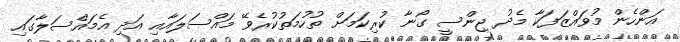
އަންހެން މުވައްޒަފަކާ މެދު ޖިންސީ ގޯނާ ކުރިކަމަށް ތުހުމަތުކުރެވޭ މައްސަލައާއި އަދި އެމައްސަލާގައި